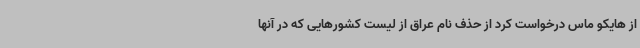
از هایکو ماس درخواست کرد از حذف نام عراق از لیست کشورهایی که در آنها